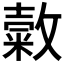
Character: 𢿰